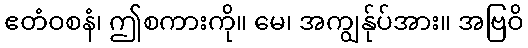
ဧတံဝစနံ၊ ဤစကားကို။ မေ၊ အကျွန်ုပ်အား။ အဗြဝိ